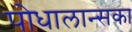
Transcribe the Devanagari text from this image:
पोधालान्सका